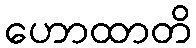
ဟောထာတိ